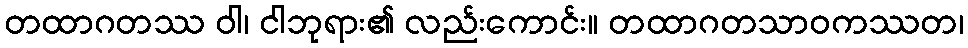
တထာဂတဿ ဝါ၊ ငါဘုရား၏ လည်းကောင်း။ တထာဂတသာဝကဿတ၊